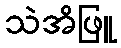
သဲအိဖြူ